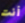
أنت